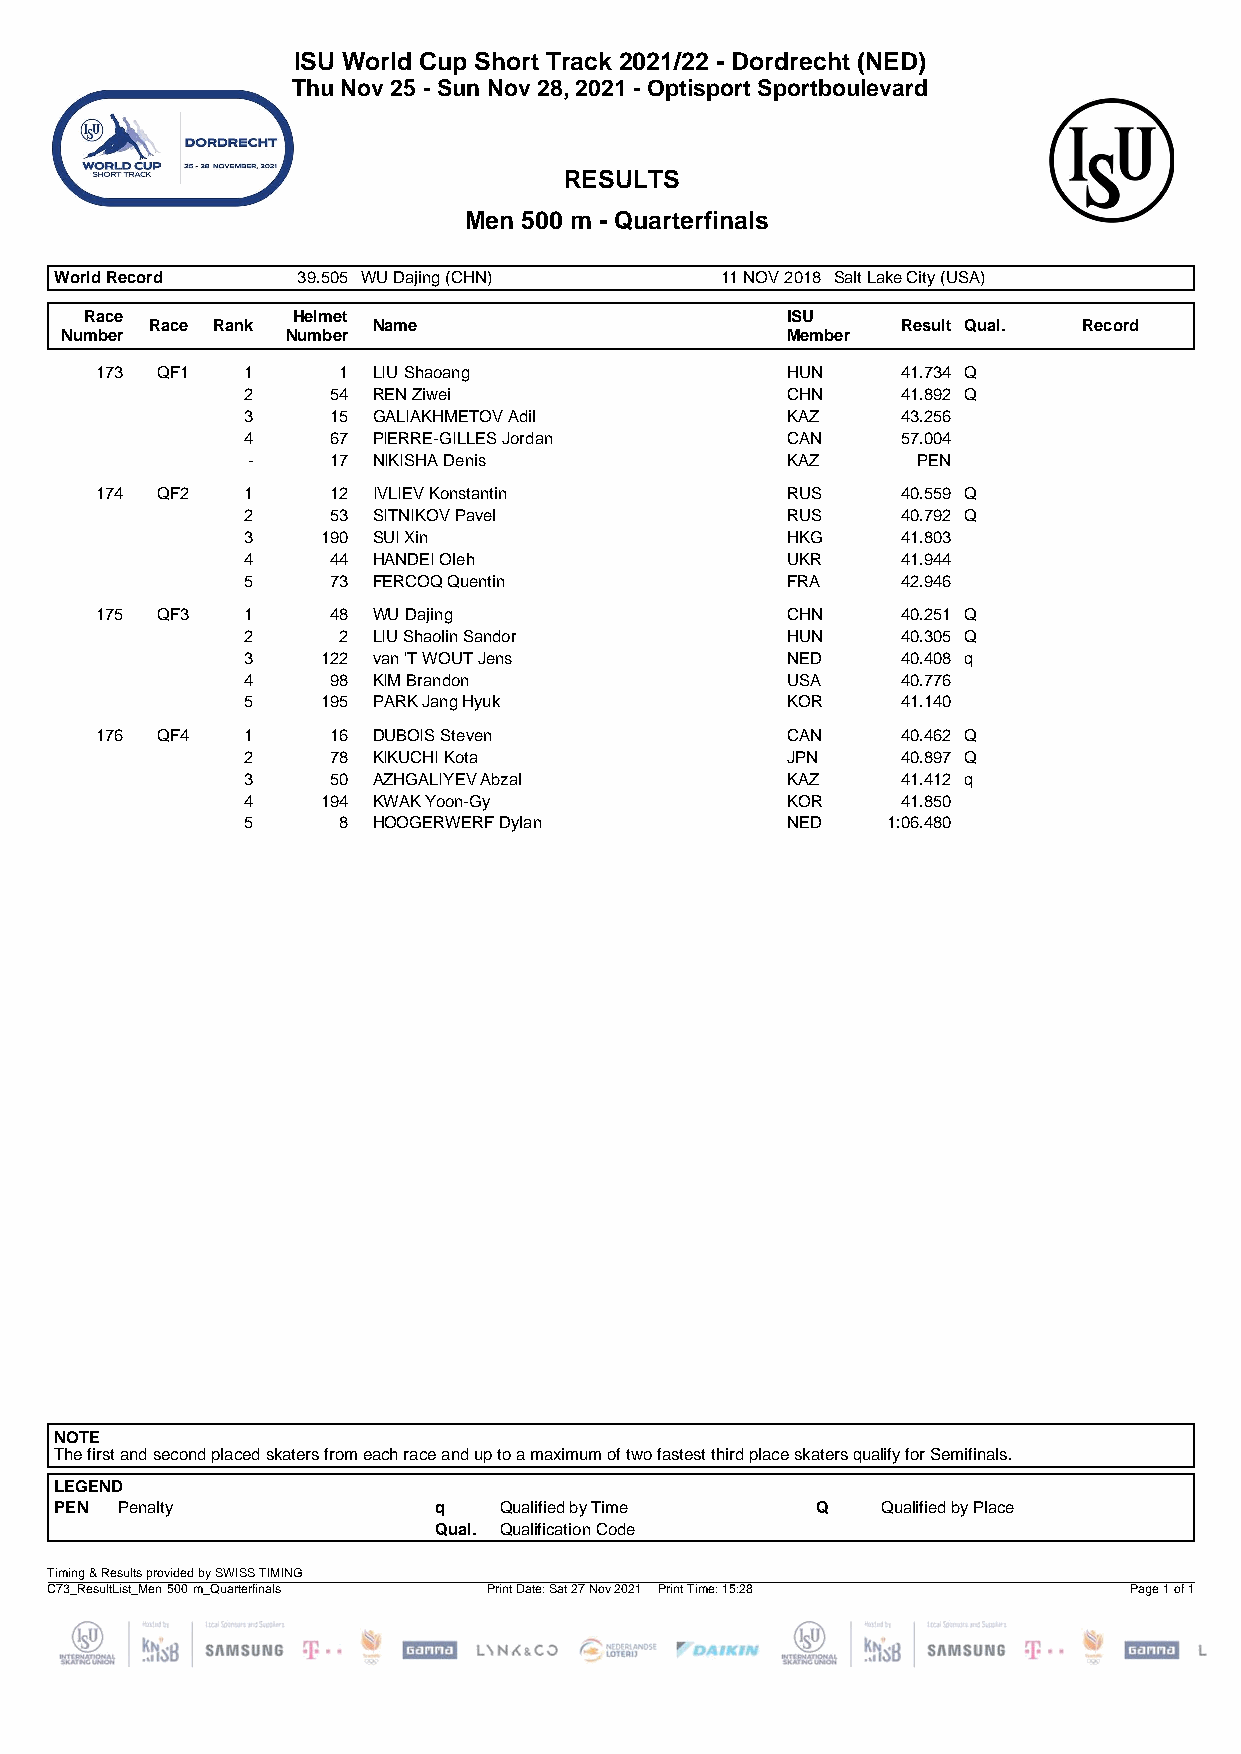
ISU World Cup Short Track 2021/22 - Dordrecht (NED)
 Thu Nov 25 - Sun Nov 28, 2021 - Optisport Sportboulevard
 RESULTS
 Men 500 m - Quarterfinals
 World Record    39.505 WU Dajing (CHN)      11 NOV 2018 Salt Lake City (USA)
 Race         Helmet                           ISU
 Race Rank      Name                               Result Qual. Record
 Number         Number                           Member
 173 QF1   1     1  LIU Shaoang                HUN     41.734 Q
 2     54 REN Ziwei                  CHN     41.892 Q
 3     15 GALIAKHMETOV Adil          KAZ     43.256
 4     67 PIERRE-GILLES Jordan       CAN     57.004
 -     17 NIKISHA Denis              KAZ      PEN
 174 QF2   1     12 IVLIEV Konstantin          RUS     40.559 Q
 2     53 SITNIKOV Pavel             RUS     40.792 Q
 3    190 SUI Xin                    HKG     41.803
 4     44 HANDEI Oleh                UKR     41.944
 5     73 FERCOQ Quentin             FRA     42.946
 175 QF3   1     48 WU Dajing                  CHN     40.251 Q
 2     2  LIU Shaolin Sandor         HUN     40.305 Q
 3    122 van 'T WOUT Jens           NED     40.408 q
 4     98 KIM Brandon                USA     40.776
 5    195 PARK Jang Hyuk             KOR     41.140
 176 QF4   1     16 DUBOIS Steven              CAN     40.462 Q
 2     78 KIKUCHI Kota               JPN     40.897 Q
 3     50 AZHGALIYEV Abzal           KAZ     41.412 q
 4    194 KWAK Yoon-Gy               KOR     41.850
 5     8  HOOGERWERF Dylan           NED    1:06.480
 NOTE
 The first and second placed skaters from each race and up to a maximum of two fastest third place skaters qualify for Semifinals.
 LEGEND
 PEN Penalty              q   Qualified by Time    Q   Qualified by Place
 Qual. Qualification Code
 Timing & Results provided by SWISS TIMING
 C73_ResultList_Men 500 m_Quarterfinals Print Date: Sat 27 Nov 2021 Print Time: 15:28 Page 1 of 1